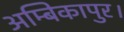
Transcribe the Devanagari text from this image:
अम्बिकापुर।